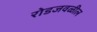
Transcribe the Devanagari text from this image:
रोडजवळील